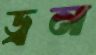
ড্রন